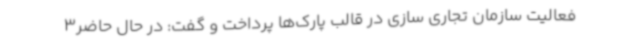
فعالیت سازمان تجاری سازی در قالب پارک‌ها پرداخت و گفت: در حال حاضر3